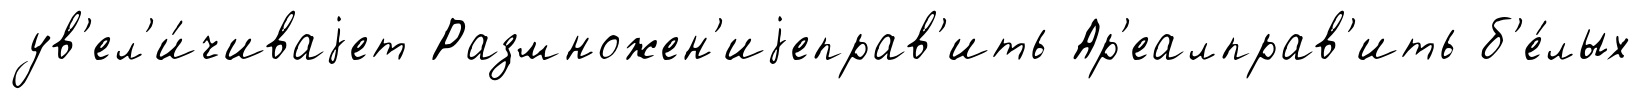
ув'ел'и́чиваjет Размножен'иjеправ'ить Ар'еалправ'ить б'е́лых